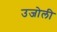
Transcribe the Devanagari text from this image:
उजोली